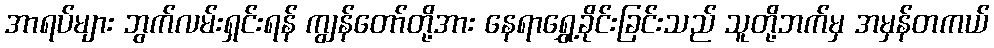
အာရပ်များ ဘွက်လမ်းရှင်းရန် ကျွန်တော်တို့အား နေရာရွှေ့ခိုင်းခြင်းသည် သူတို့ဘက်မှ အမှန်တကယ်